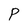
Character: P